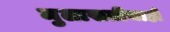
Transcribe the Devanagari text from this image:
मुलाखतीचाही